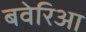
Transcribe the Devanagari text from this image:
बवेरिआ